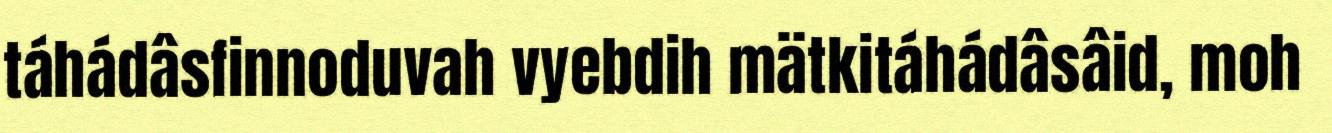
táhádâsfinnoduvah vyebdih mätkitáhádâsâid, moh